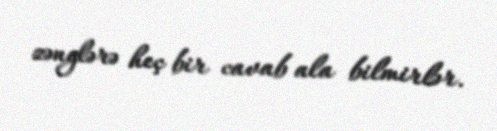
zənglərə heç bir cavab ala bilmirlər.